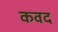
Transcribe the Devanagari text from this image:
कवद